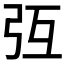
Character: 𢎸